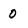
Character: 0